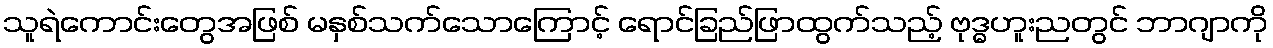
သူရဲကောင်းတွေအဖြစ် မနှစ်သက်သောကြောင့် ရောင်ခြည်ဖြာထွက်သည့် ဗုဒ္ဓဟူးညတွင် ဘာဂျာကို